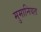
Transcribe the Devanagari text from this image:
मुमानियत